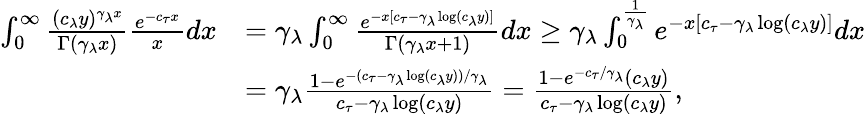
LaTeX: \begin{array}{rl}{\int_{0}^{\infty}\frac{(c_{\lambda}y)^{\gamma_{\lambda}x}}{\Gamma(\gamma_{\lambda}x)}\frac{e^{-c_{\tau}x}}{x}dx}&{=\gamma_{\lambda}\int_{0}^{\infty}\frac{e^{-x[c_{\tau}-\gamma_{\lambda}\log(c_{\lambda}y)]}}{\Gamma(\gamma_{\lambda}x+1)}dx\geq\gamma_{\lambda}\int_{0}^{\frac{1}{\gamma_{\lambda}}}e^{-x[c_{\tau}-\gamma_{\lambda}\log(c_{\lambda}y)]}dx}\\ &{=\gamma_{\lambda}\frac{1-e^{-(c_{\tau}-\gamma_{\lambda}\log(c_{\lambda}y))/{\gamma_{\lambda}}}}{c_{\tau}-\gamma_{\lambda}\log(c_{\lambda}y)}=\frac{1-e^{-c_{\tau}/\gamma_{\lambda}}(c_{\lambda}y)}{c_{\tau}-\gamma_{\lambda}\log(c_{\lambda}y)},}\end{array}